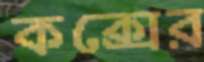
কক্সের